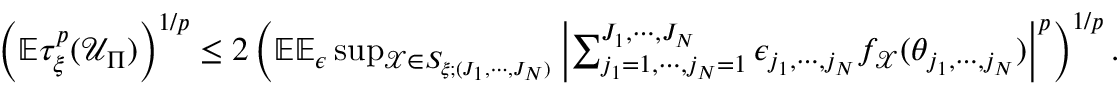
\begin{array} { r } { \left( \mathbb { E } \tau _ { \xi } ^ { p } ( \mathcal { U } _ { \Pi } ) \right) ^ { 1 / p } \leq 2 \left( \mathbb { E } \mathbb { E } _ { \epsilon } \operatorname* { s u p } _ { \mathcal { X } \in S _ { \xi ; ( J _ { 1 } , \cdots , J _ { N } ) } } \left\vert \sum _ { j _ { 1 } = 1 , \cdots , j _ { N } = 1 } ^ { J _ { 1 } , \cdots , J _ { N } } \epsilon _ { j _ { 1 } , \cdots , j _ { N } } f _ { \mathcal { X } } ( \theta _ { j _ { 1 } , \cdots , j _ { N } } ) \right\vert ^ { p } \right) ^ { 1 / p } . } \end{array}